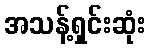
အသန့်ရှင်းဆုံး